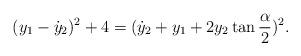
LaTeX: \begin{align*}(y_1-\dot{y}_2)^2+4=(\dot{y}_2+y_1+2y_2\tan\frac{\alpha}{2})^2.\end{align*}